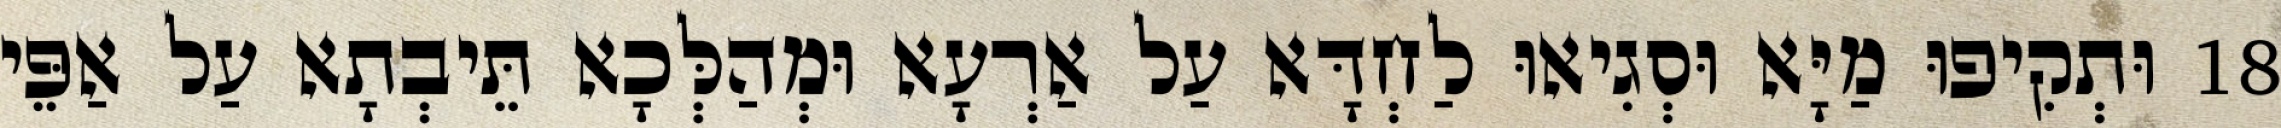
18 וּתְקִיפוּ מַיָּא וּסְגִיאוּ לַחְדָּא עַל אַרְעָא וּמְהַלְּכָא תֵּיבְתָא עַל אַפֵּי